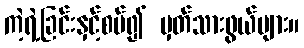
ကဲ့ရဲ့ခြင်းနှင့်စပ်၍ မှတ်သားဖွယ်များ။